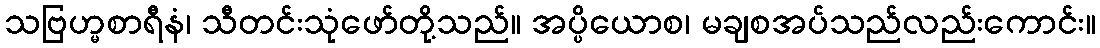
သဗြဟ္မစာရီနံ၊ သီတင်းသုံဖော်တို့သည်။ အပ္ပိယောစ၊ မချစအပ်သည်လည်းကောင်း။